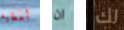
أعطيه ان لك